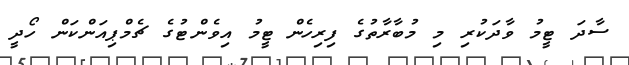
ސާދަ ޓީމު ވާދަކުރި މި މުބާރާތުގެ ފިރިހެން ޓީމު އިވެންޓުގެ ޗެމްޕިއަންކަން ހޯދީ